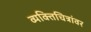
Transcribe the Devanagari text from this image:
व्यक्तिचित्रांवर